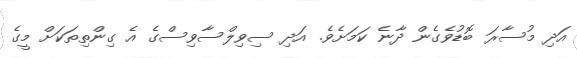
އަދި މުސާރަ ބޮޑުވެގެން ދާނެ ކަމަށެވެ. އަދި ސިވިލްސާވިސްގެ އެ ގިންތިތަކަށް މީގެ